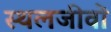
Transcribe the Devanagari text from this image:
स्थलजीवों